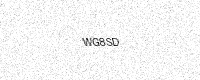
Text: WG8SD